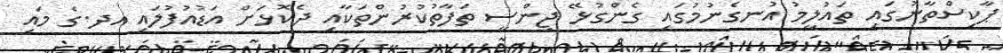
ޕާކިސްތާނުގައި ތައުލީމު އުނގެނުމުގައި ގެންގުޅޭ ޖިންސީ ތަފާތުކުރުންތަކާއި ދެކޮޅަށް އަޑުއުފުލައި އދ.ގެ މައި